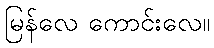
မြန်လေ ကောင်းလေ။